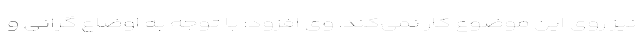
نیز روی این موضوع کار نمی‌کند. وی افزود: با توجه به اوضاع گرانی و